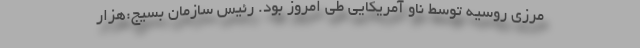
مرزی روسیه توسط ناو آمریکایی طی امروز بود. رئیس سازمان بسیج:هزار